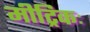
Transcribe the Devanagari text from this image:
मीट्रिकः